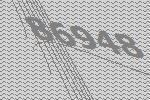
86948